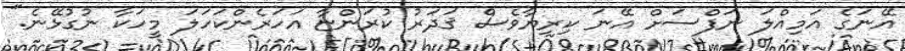
އޭނަގެ އަމިއްލަ ނަފްސަށް އޭނަ ކިރިޔާވެސް ޤަދަރު ކުރަންޏާ އަހަރެންކަހަލަ މީހަކާ ނުގުޅޭނެ."